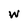
Character: W